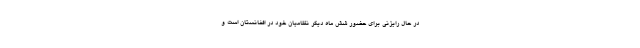
در حال رایزنی برای حضور شش ماه دیگر نظامیان خود در افغانستان است و